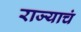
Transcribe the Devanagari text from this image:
राज्याचं